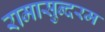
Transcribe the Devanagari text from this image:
रामासुन्दरम